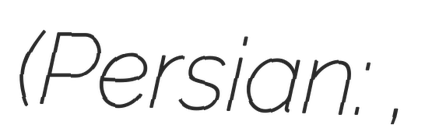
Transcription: (Persian: صوفيان,